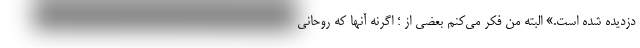
دزدیده شده است.» البته من فکر می‌کنم بعضی از ؛ اگرنه آنها که روحانی